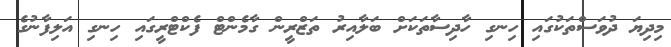
މިދިޔަ ދުވަސްތަކުގައި ހިނގި ހާދިސާތަކަށް ބަލާއިރު ތަޒްރީން ގާމެންޓް ފެކްޓްރީގައި ހިނގި އަލިފާނުގެ